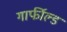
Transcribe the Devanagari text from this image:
गार्फील्ड